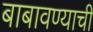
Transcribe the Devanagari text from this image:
बाबावण्याची